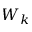
W _ { k }